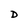
Character: D